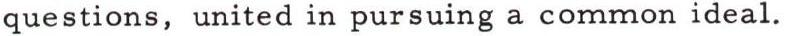
questions, united in pursuing a common ideal.